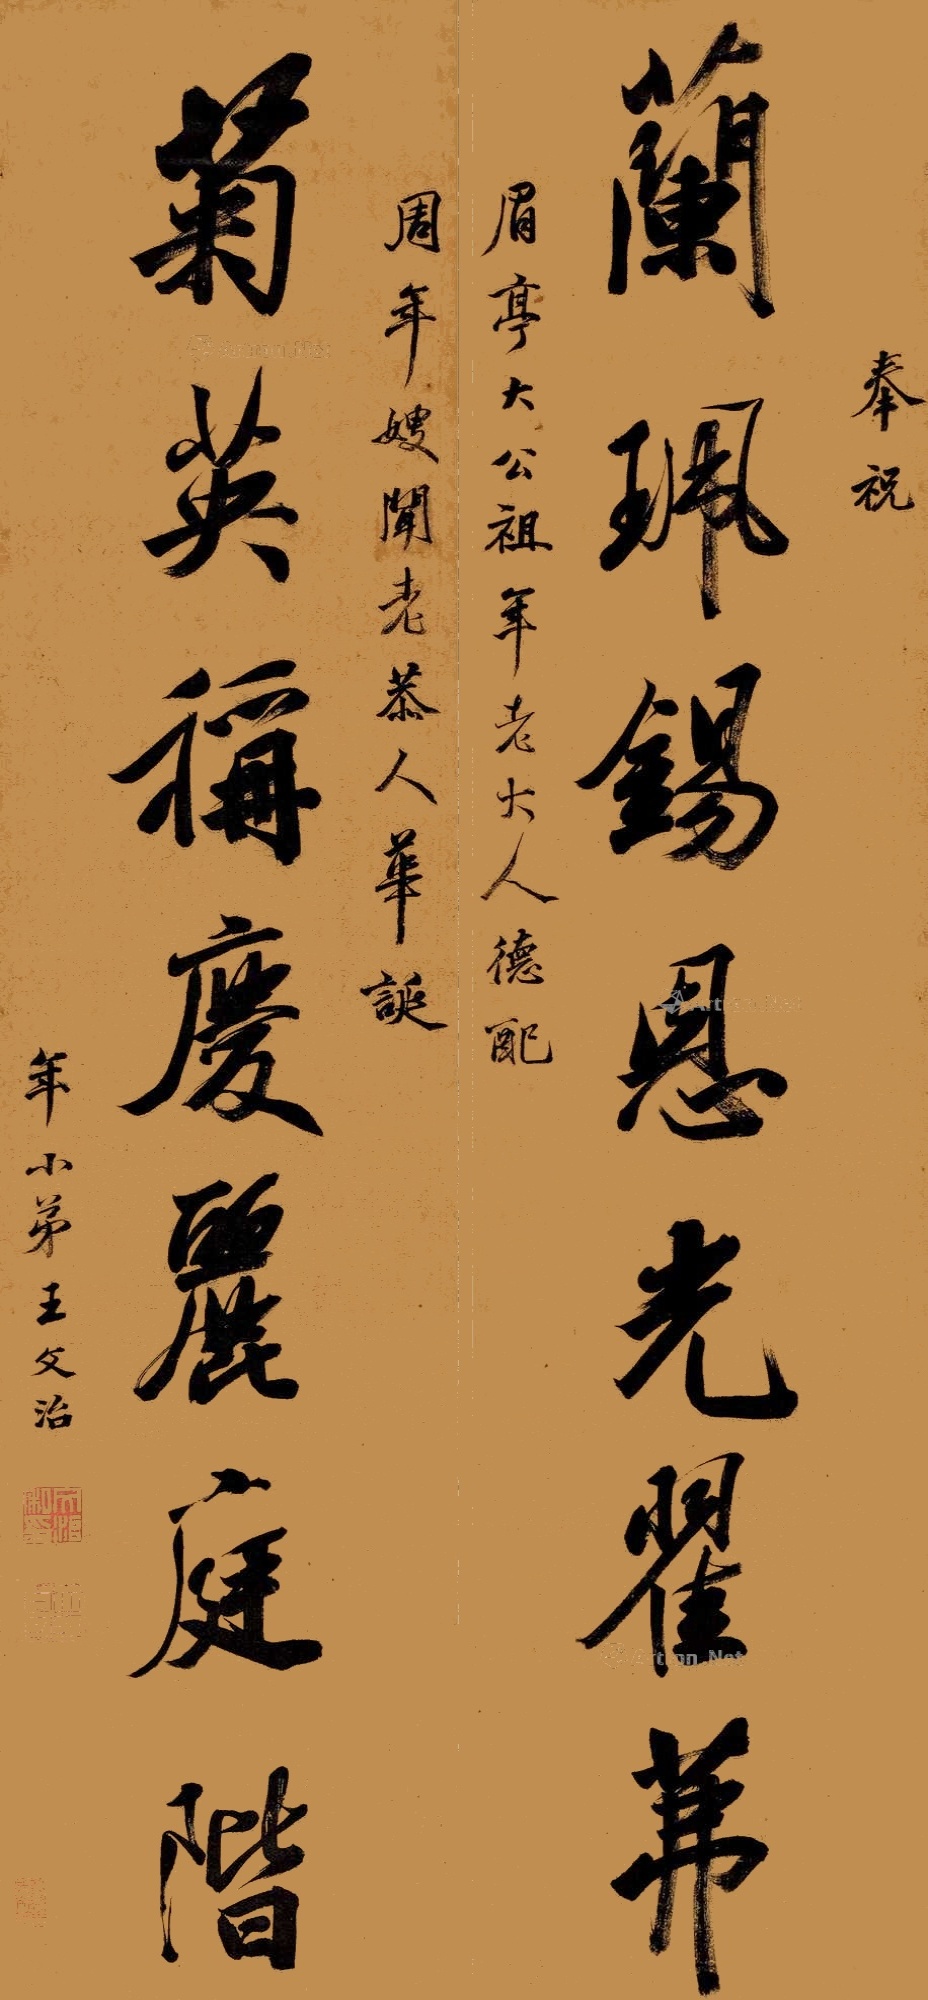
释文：兰佩锡恩光瞿茀，菊英称庆丽庭阶。奉祝眉亭大公祖年老大人德配周年嫂闻老恭人华诞，年小弟王文治。